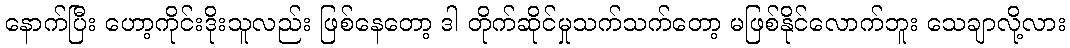
နောက်ပြီး ဟော့ကိုင်းဒိုးသူလည်း ဖြစ်နေတော့ ဒါ တိုက်ဆိုင်မှုသက်သက်တော့ မဖြစ်နိုင်လောက်ဘူး သေချာလို့လား